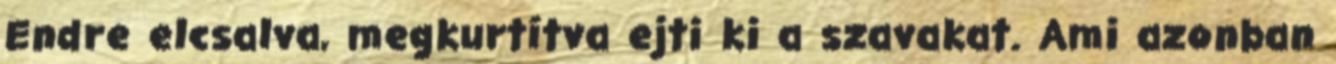
Endre elcsalva, megkurtítva ejti ki a szavakat. Ami azonban